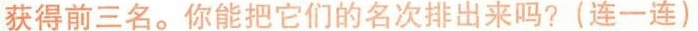
获得前三名。你能把它们的名次排出来吗？(连一连)